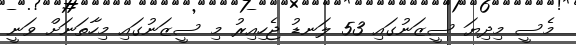
މެސީ މިދިޔަ ސީޒަނުގައި 53 ލަނޑު ޖެހިއިރު މި ސީޒަނުގައި މިހާތަނަށް ވަނީ